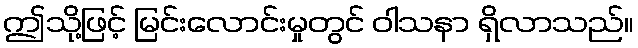
ဤသို့ဖြင့် မြင်းလောင်းမှုတွင် ဝါသနာ ရှိလာသည်။